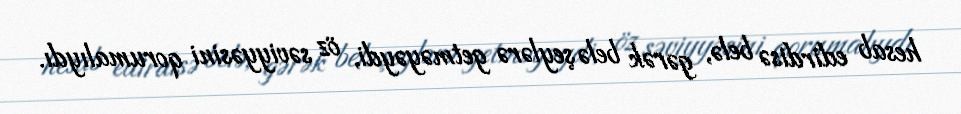
hesab edirdisə belə, gərək belə şeylərə getməyəydi, öz səviyyəsini qorumalıydı.